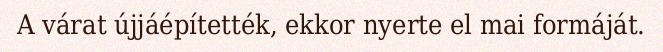
A várat újjáépítették, ekkor nyerte el mai formáját.